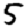
Digit: 5